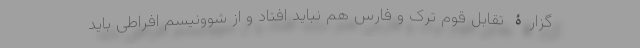
گزارۀ تقابل قوم ترک و فارس هم نباید افتاد و از شوونیسم افراطی باید